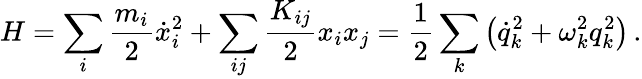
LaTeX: H=\sum_{i}\frac{m_{i}}{2}\dot{x}_{i}^{2}+\sum_{ij}\frac{K_{ij}}{2}x_{i}x_{j}=\frac{1}{2}\sum_{k}\big(\dot{q}_{k}^{2}+\omega_{k}^{2}q_{k}^{2}\big)\, .